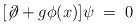
\begin{align*}[\not\!\partial + g \phi(x) ] \psi \;=\;0\end{align*}